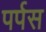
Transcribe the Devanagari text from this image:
पर्पस